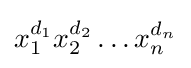
x_{1}^{d_{1}}x_{2}^{d_{2}}\dots x_{n}^{d_{n}}